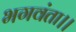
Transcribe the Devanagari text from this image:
भगवंता।।